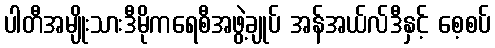
ပါတီအမျိုးသားဒီမိုကရေစီအဖွဲ့ချုပ် အန်အယ်လ်ဒီနှင့် စေ့စပ်